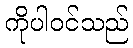
ကိုပါဝင်သည်